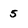
Character: 5